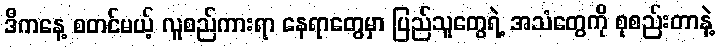
ဒီကနေ့ စတင်မယ့် လူစည်ကားရာ နေရာတွေမှာ ပြည်သူတွေရဲ့ အသံတွေကို စုစည်းတာနဲ့